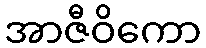
အာဇီဝိကော